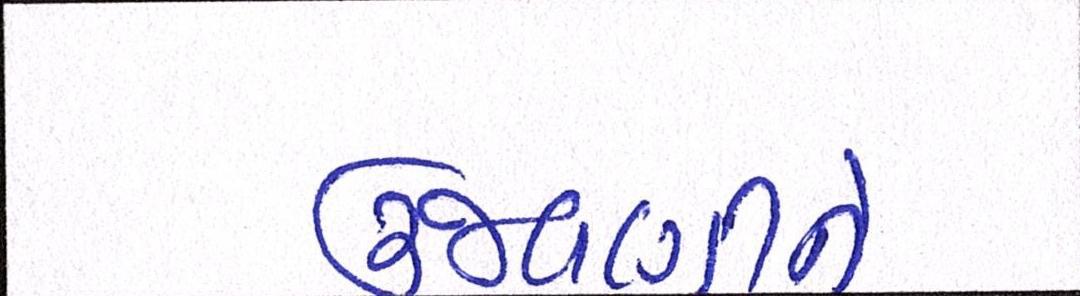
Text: ઉજવણીને